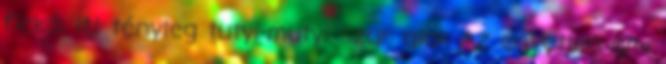
fickó, itt tényleg tutyi-mutyi szar alak Az egyetlen ami